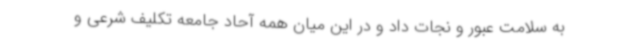
به سلامت عبور و نجات داد و در این میان همه آحاد جامعه تکلیف شرعی و